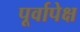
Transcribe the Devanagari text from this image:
पूर्वापेक्ष